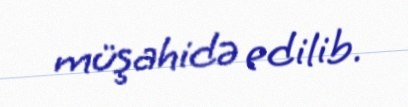
müşahidə edilib.